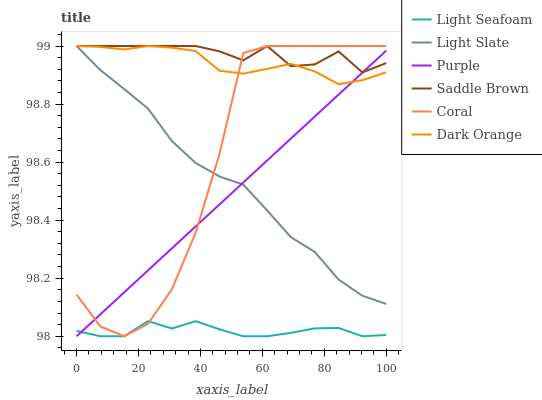
| xaxis_label | Light Seafoam | Light Slate | Purple | Saddle Brown | Coral | Dark Orange |
 | --- | --- | --- | --- | --- | --- | --- |
 | 0 | 98 | 99 | 98 | 99 | 98.1 | 99 |
 | 7.69 | 98 | 98.9 | 98.1 | 99 | 98 | 99 |
 | 15.4 | 98 | 98.9 | 98.2 | 99 | 98 | 99 |
 | 23.1 | 98.1 | 98.8 | 98.2 | 99 | 98 | 99 |
 | 30.8 | 98 | 98.7 | 98.3 | 99 | 98.2 | 99 |
 | 38.5 | 98.1 | 98.6 | 98.4 | 99 | 98.4 | 99 |
 | 46.2 | 98 | 98.6 | 98.5 | 99 | 98.6 | 98.9 |
 | 53.8 | 98 | 98.5 | 98.5 | 99 | 99 | 98.9 |
 | 61.5 | 98 | 98.4 | 98.6 | 99 | 99 | 98.9 |
 | 69.2 | 98 | 98.3 | 98.7 | 98.9 | 99 | 98.9 |
 | 76.9 | 98 | 98.3 | 98.8 | 98.9 | 99 | 98.9 |
 | 84.6 | 98 | 98.2 | 98.8 | 99 | 99 | 98.9 |
 | 92.3 | 98 | 98.1 | 98.9 | 98.9 | 99 | 98.9 |
 | 100 | 98 | 98.1 | 99 | 98.9 | 99 | 98.9 |